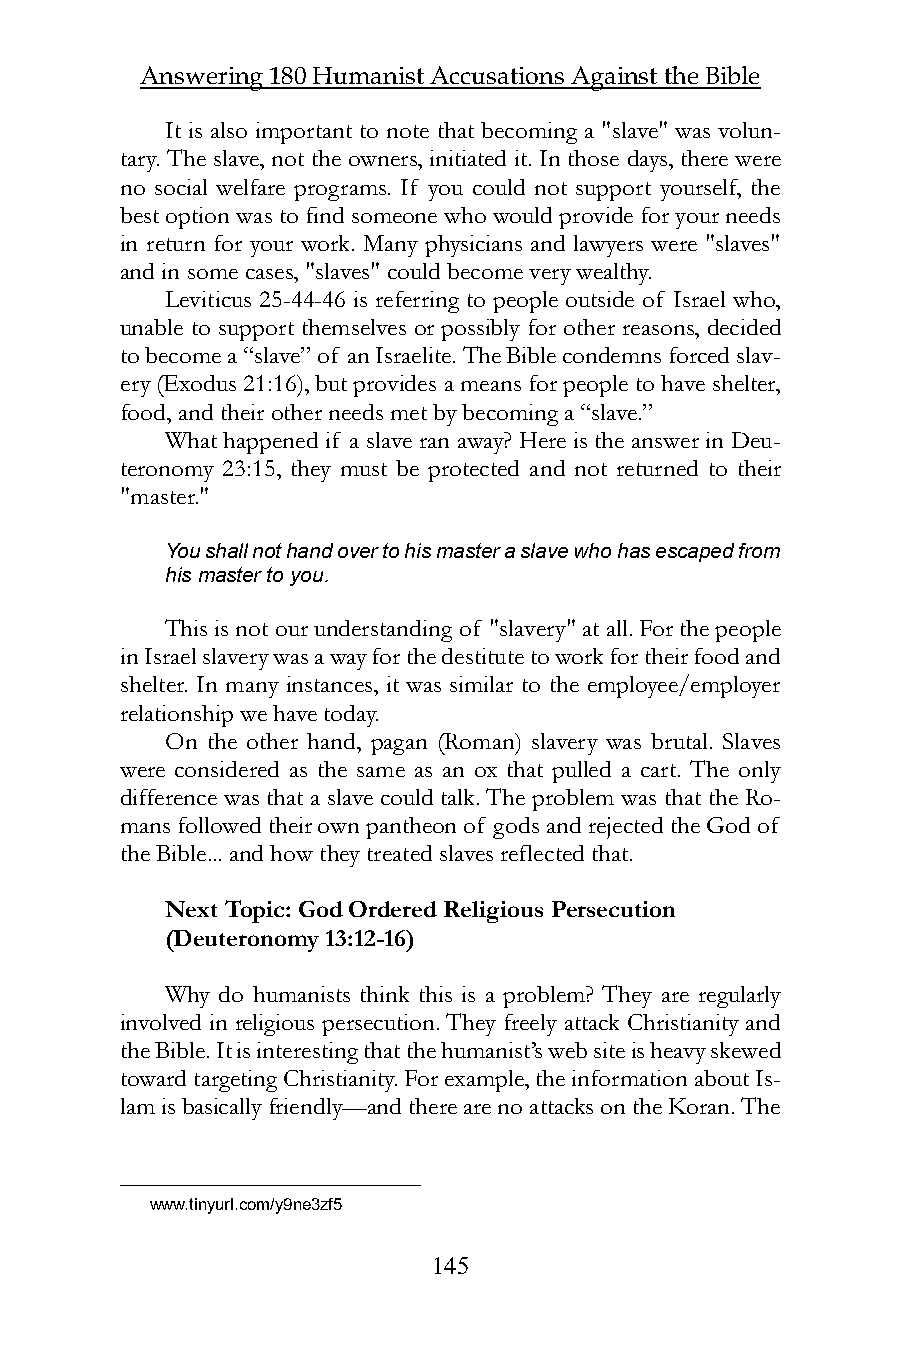
Answering 180 Humanist Accusations Against the Bible
 It is also important to note that becoming a "slave" was volun-
 tary. The slave, not the owners, initiated it. In those days, there were
 no social welfare programs. If you could not support yourself, the
 best option was to find someone who would provide for your needs
 in return for your work. Many physicians and lawyers were "slaves"
 and in some cases, "slaves" could become very wealthy.
 Leviticus 25-44-46 is referring to people outside of Israel who,
 unable to support themselves or possibly for other reasons, decided
 to become a “slave” of an Israelite. The Bible condemns forced slav-
 ery (Exodus 21:16), but provides a means for people to have shelter,
 food, and their other needs met by becoming a “slave.”
 What happened if a slave ran away? Here is the answer in Deu-
 teronomy 23:15, they must be protected and not returned to their
 "master."
 You shall not hand over to his master a slave who has escaped from
 his master to you.
 This is not our understanding of "slavery" at all. For the people
 in Israel slavery was a way for the destitute to work for their food and
 shelter. In many instances, it was similar to the employee/employer
 relationship we have today.
 On the other hand, pagan (Roman) slavery was brutal. Slaves
 were considered as the same as an ox that pulled a cart. The only
 difference was that a slave could talk. The problem was that the Ro-
 mans followed their own pantheon of gods and rejected the God of
 the Bible... and how they treated slaves reflected that.
 Next Topic: God Ordered Religious Persecution
 (Deuteronomy 13:12-16)
 Why do humanists think this is a problem? They are regularly
 involved in religious persecution. They freely attack Christianity and
 the Bible. It is interesting that the humanist’s web site is heavy skewed
 toward targeting Christianity. For example, the information about Is-
 lam is basically friendly—and there are no attacks on the Koran. The
 www.tinyurl.com/y9ne3zf5
 145